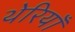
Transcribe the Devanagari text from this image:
थेरियाँ